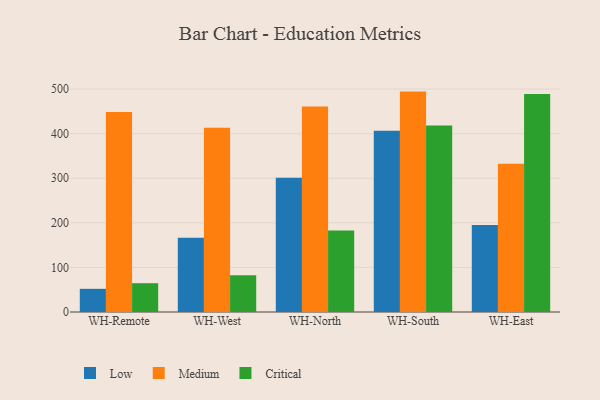
{"axis": {"x": "Warehouse", "y": "Churn Rate (%)"}, "legend": ["Critical", "Low", "Medium"], "data": [{"x": "WH-Remote", "y": 52.0, "type": "Low"}, {"x": "WH-Remote", "y": 448.6, "type": "Medium"}, {"x": "WH-Remote", "y": 64.6, "type": "Critical"}, {"x": "WH-West", "y": 166.7, "type": "Low"}, {"x": "WH-West", "y": 413.5, "type": "Medium"}, {"x": "WH-West", "y": 82.6, "type": "Critical"}, {"x": "WH-North", "y": 301.3, "type": "Low"}, {"x": "WH-North", "y": 461.0, "type": "Medium"}, {"x": "WH-North", "y": 182.8, "type": "Critical"}, {"x": "WH-South", "y": 406.4, "type": "Low"}, {"x": "WH-South", "y": 494.4, "type": "Medium"}, {"x": "WH-South", "y": 418.5, "type": "Critical"}, {"x": "WH-East", "y": 194.9, "type": "Low"}, {"x": "WH-East", "y": 332.4, "type": "Medium"}, {"x": "WH-East", "y": 489.2, "type": "Critical"}]}